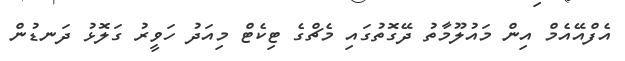
އެފްއޭއެމް އިން މައުލޫމާތު ދޭގޮތުގައި މެޗްގެ ޓިކެޓް މިއަދު ހަވީރު ގަލޮޅު ދަނޑުން